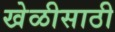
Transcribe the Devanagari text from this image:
खेळीसाठी